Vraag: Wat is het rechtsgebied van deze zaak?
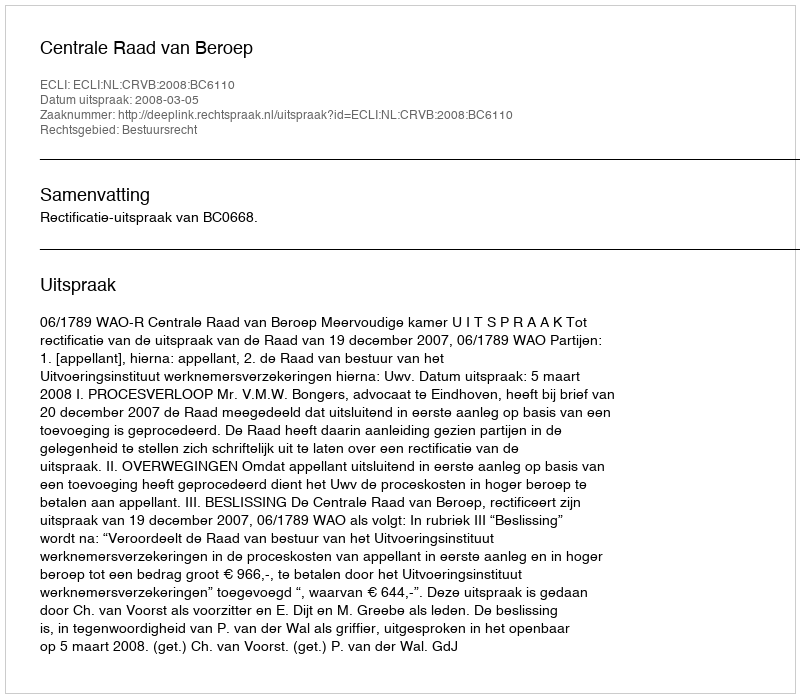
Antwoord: Bestuursrecht